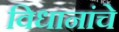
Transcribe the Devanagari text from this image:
विधानांचे